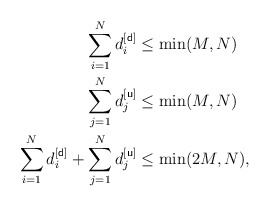
\begin{align*} \sum_{i=1}^{N}d^{[{\sf d}]}_i&\leq \min(M,N)\\\sum_{j=1}^{N}d^{[{\sf u}]}_j&\leq \min(M,N)\\\sum_{i=1}^{N}d^{[{\sf d}]}_i+\sum_{j=1}^{N}d^{[{\sf u}]}_j&\leq\min(2M,N),\end{align*}